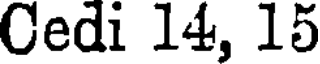
Cedi 14, 15